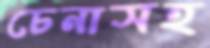
চেনাসহ